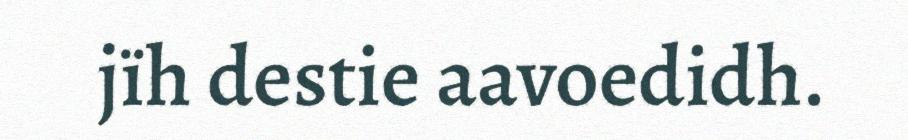
jïh destie aavoedidh.